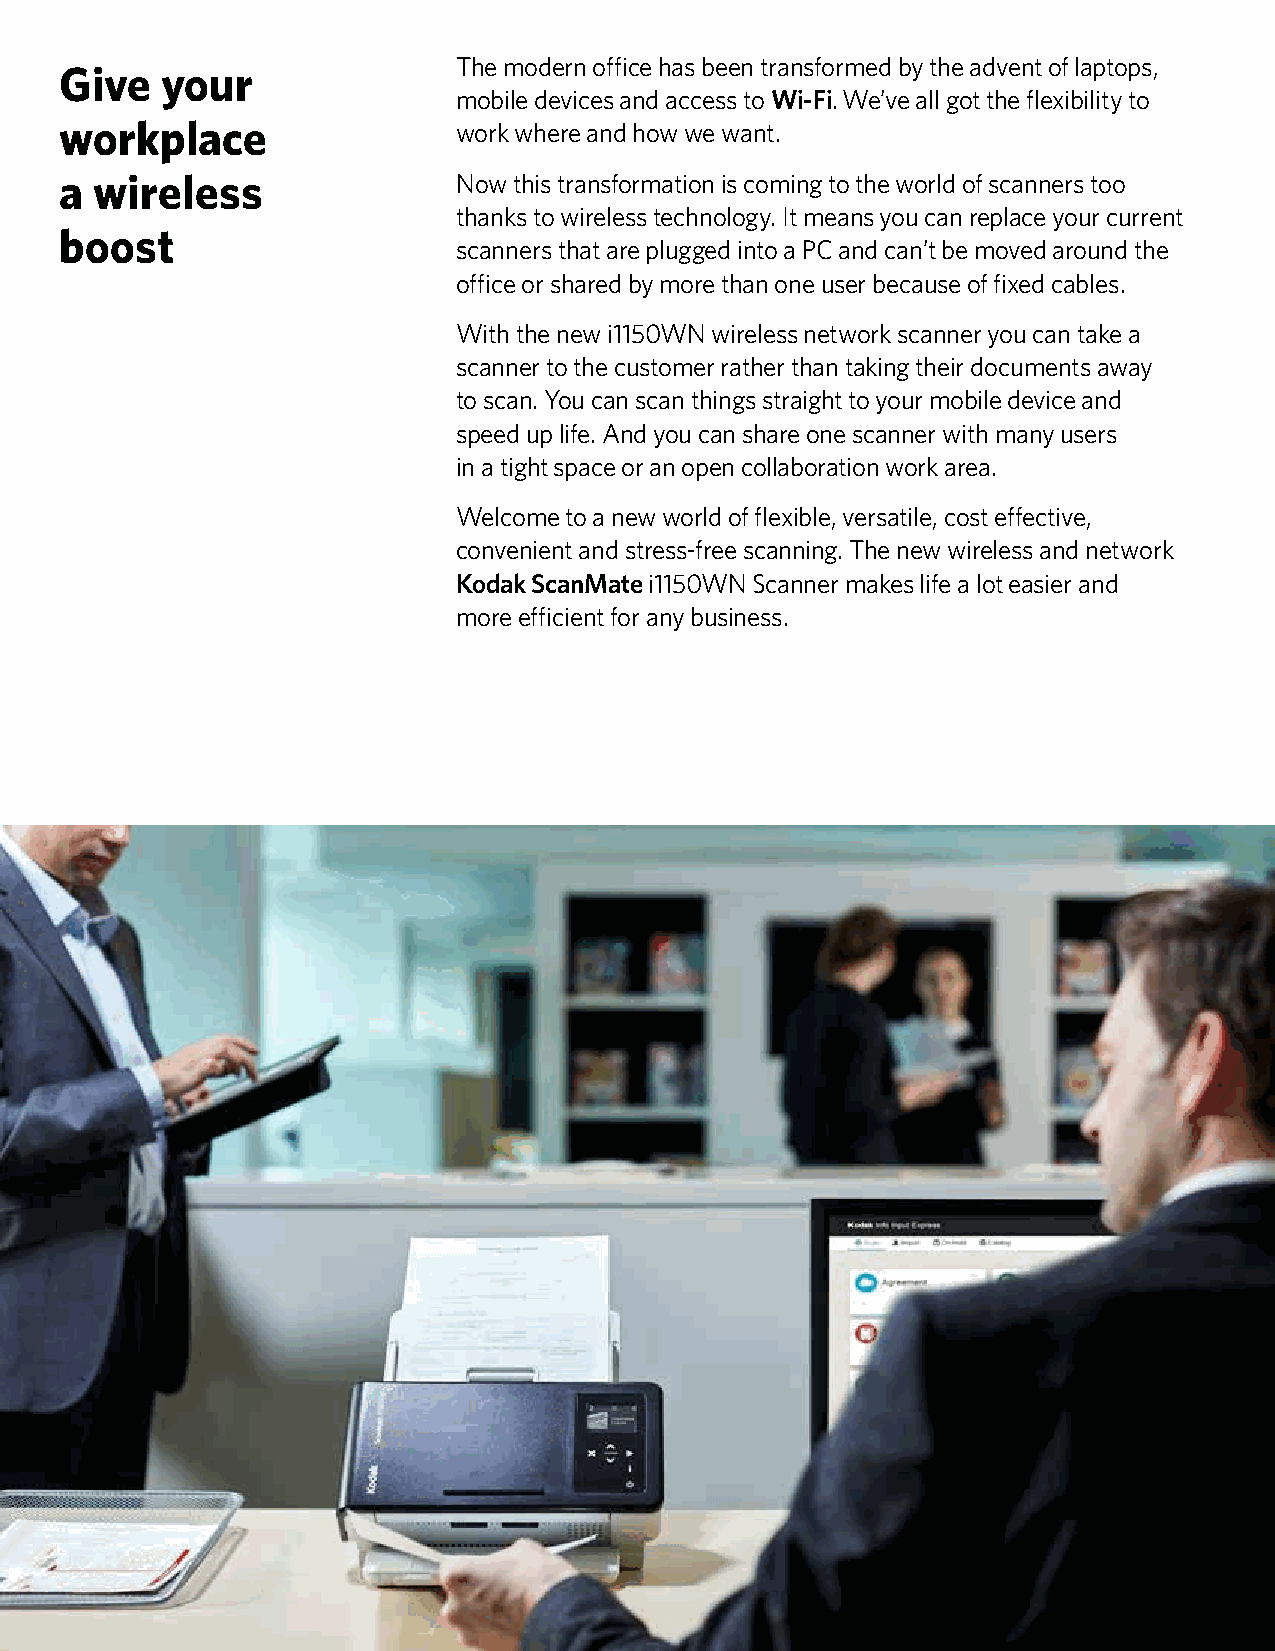
The modern office has been transformed by the advent of laptops,
 Give   your
 mobile devices and access to Wi-Fi. We’ve all got the flexibility to
 workplace                 work where and how we want.
 a wireless                Now this transformation is coming to the world of scanners too
 thanks to wireless technology. It means you can replace your current
 boost
 scanners that are plugged into a PC and can’t be moved around the
 office or shared by more than one user because of fixed cables.
 With the new i1150WN wireless network scanner you can take a
 scanner to the customer rather than taking their documents away
 to scan. You can scan things straight to your mobile device and
 speed up life. And you can share one scanner with many users
 in a tight space or an open collaboration work area.
 Welcome to a new world of flexible, versatile, cost effective,
 convenient and stress-free scanning. The new wireless and network
 Kodak ScanMate i1150WN Scanner makes life a lot easier and
 more efficient for any business.